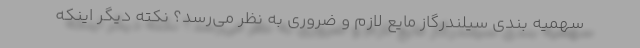
سهمیه بندی سیلندرگاز مایع لازم و ضروری به نظر می‌رسد؟ نکته دیگر اینکه